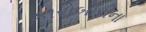
કારોબારીના